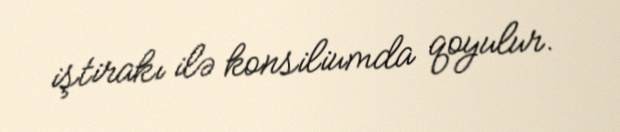
iştirakı ilə konsiliumda qoyulur.